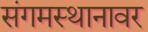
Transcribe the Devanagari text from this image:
संगमस्थानावर